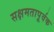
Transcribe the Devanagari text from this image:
सक्षमतापूर्वक